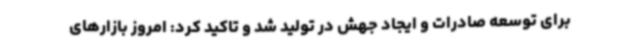
برای توسعه صادرات و ایجاد جهش در تولید شد و تاکید کرد: امروز بازارهای